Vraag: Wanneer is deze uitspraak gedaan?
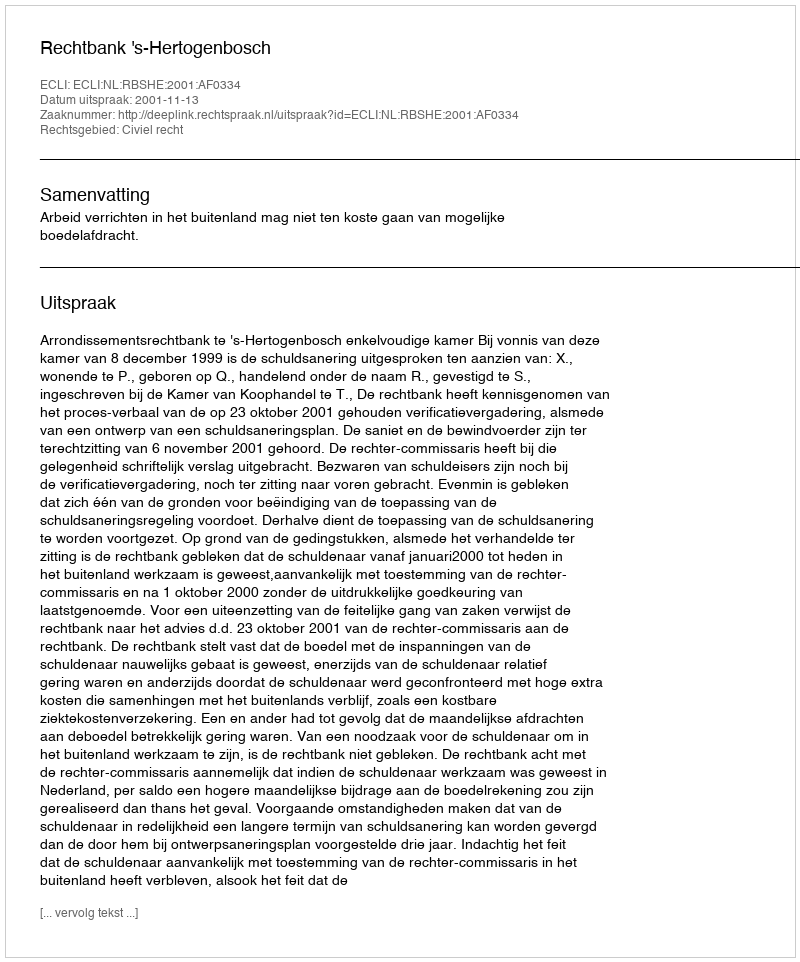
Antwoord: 2001-11-13